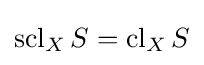
\operatorname {scl} _{X}S=\operatorname {cl} _{X}S